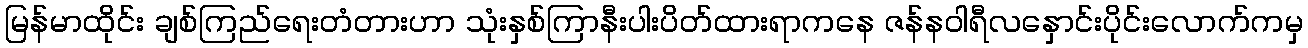
မြန်မာထိုင်း ချစ်ကြည်ရေးတံတားဟာ သုံးနှစ်ကြာနီးပါးပိတ်ထားရာကနေ ဇန်နဝါရီလနှောင်းပိုင်းလောက်ကမှ